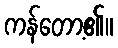
ကန်တော့၏။